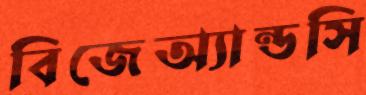
বিজেঅ্যান্ডসি